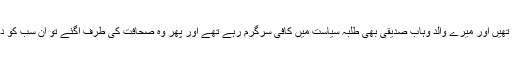
میری والدہ فوزیہ وہاب پیپلز پارٹی کی سر گرم رہنما تھیں اور میرے والد وہاب صدیقی بھی طلبہ سیاست میں کافی سرگرم رہے تھے اور پھر وہ صحافت کی طرف آگئے تو ان سب کو دیکھتے ہوئے میرا سیاست میں آنا قدرتی سی بات ہے۔